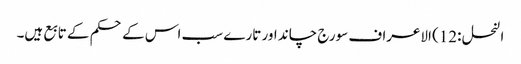
النحل :12) الاعراف سورج چاند اور تارے سب اس کے حکم کے تابع ہیں۔